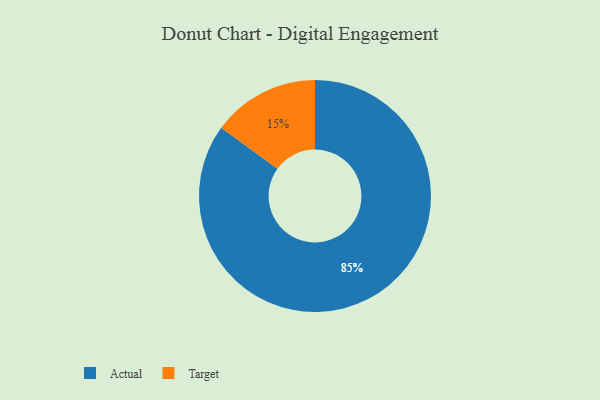
{"axis": {"x": "Category", "y": "Percentage"}, "legend": ["Actual", "Target"], "data": [{"x": "Actual", "y": 85, "type": "Actual"}, {"x": "Target", "y": 15, "type": "Target"}]}